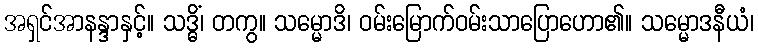
အရှင်အာနန္ဒာနှင့်။ သဒ္ဓိံ၊ တကွ။ သမ္မောဒိ၊ ဝမ်းမြောက်ဝမ်းသာပြောဟော၏။ သမ္မောဒနီယံ၊